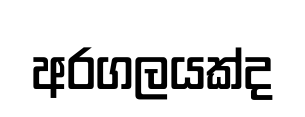
අරගලයක්ද